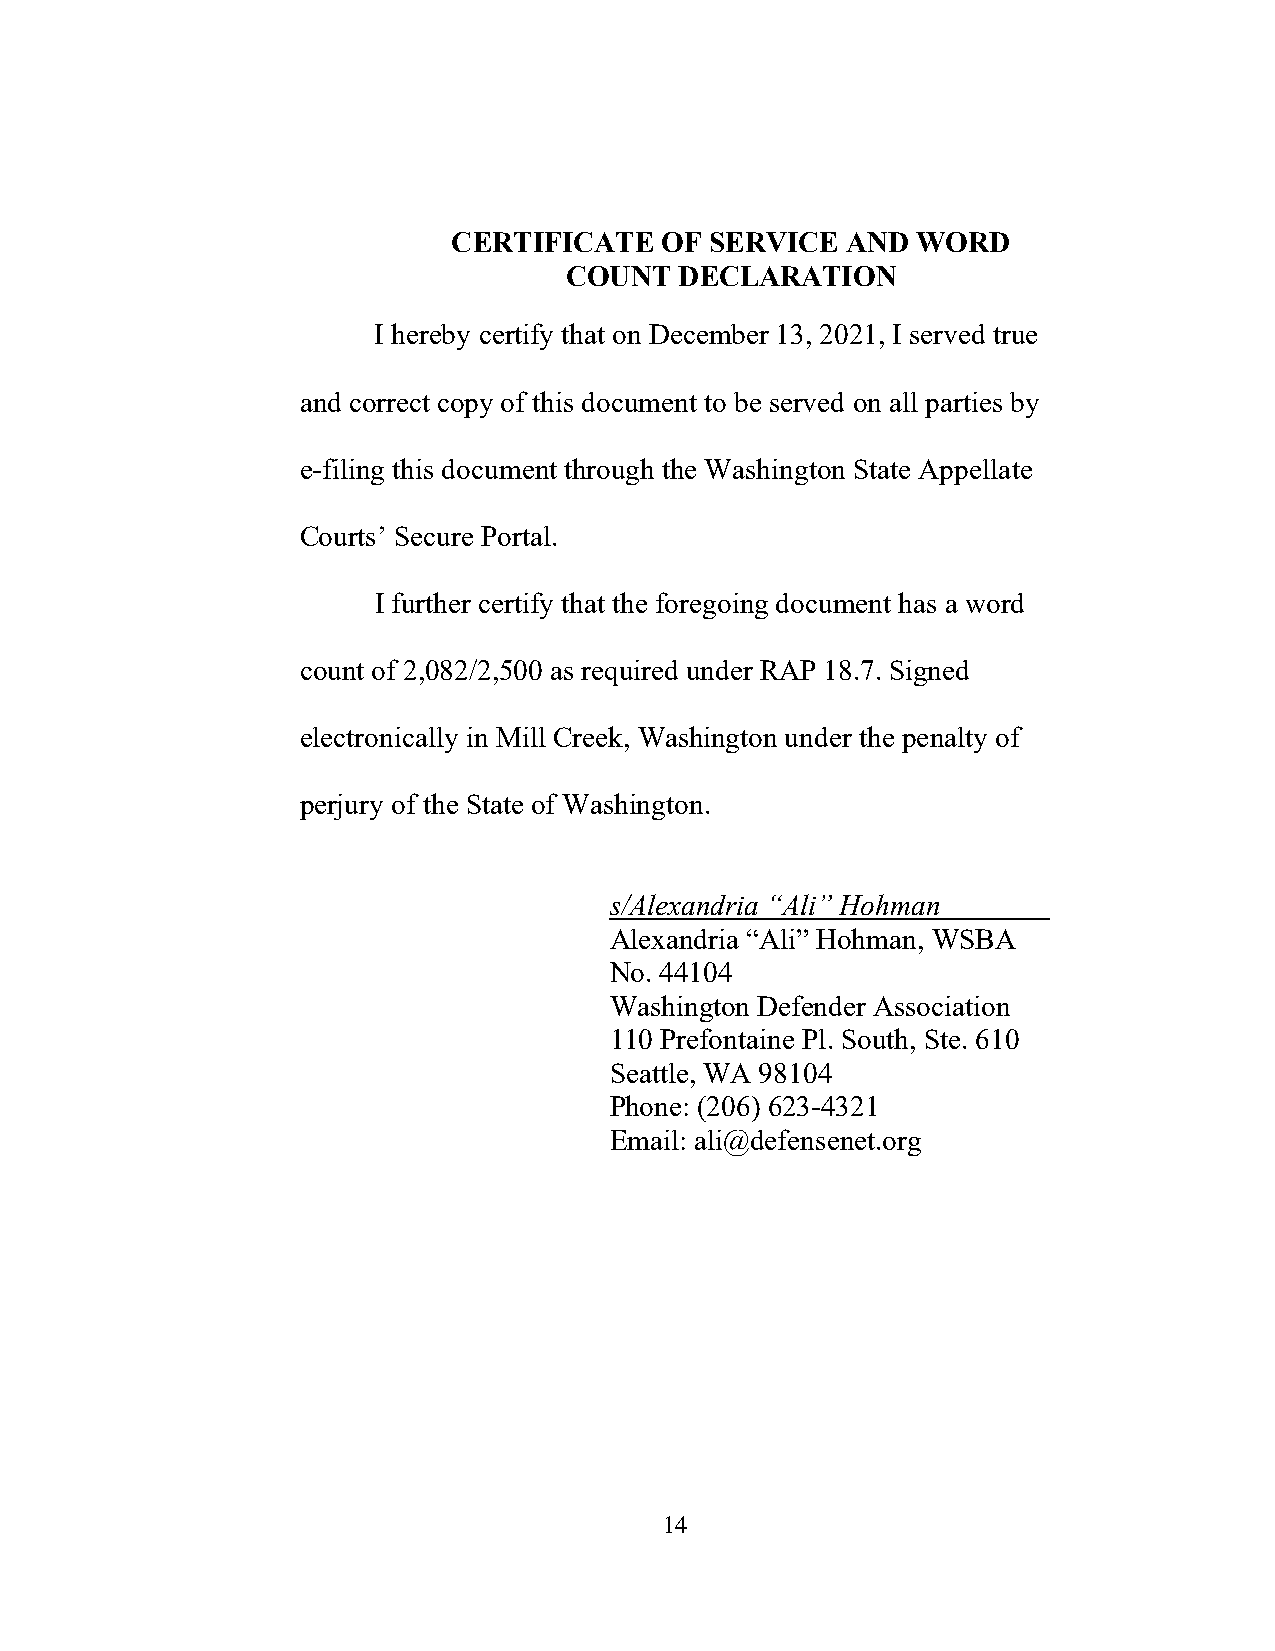
CERTIFICATE   OF SERVICE  AND  WORD
 COUNT   DECLARATION
 I hereby certify that on December 13, 2021, I served true
 and correct copy of this document to be served on all parties by
 e-filing this document through the Washington State Appellate
 Courts’ Secure Portal.
 I further certify that the foregoing document has a word
 count of 2,082/2,500 as required under RAP 18.7. Signed
 electronically in Mill Creek, Washington under the penalty of
 perjury of the State of Washington.
 s/Alexandria “Ali” Hohman
 Alexandria “Ali” Hohman, WSBA
 No. 44104
 Washington Defender Association
 110 Prefontaine Pl. South, Ste. 610
 Seattle, WA 98104
 Phone: (206) 623-4321
 Email: ali@defensenet.org
 14